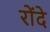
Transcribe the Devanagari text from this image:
रोंदे